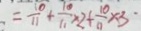
= \frac { 1 0 } { 1 1 } + \frac { 1 0 } { 1 1 } \times 2 + \frac { 1 0 } { 1 1 } \times 3